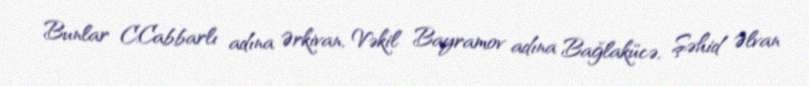
Bunlar C.Cabbarlı adına Ərkivan, Vəkil Bayramov adına Bağlakücə, Şəhid Əlvan